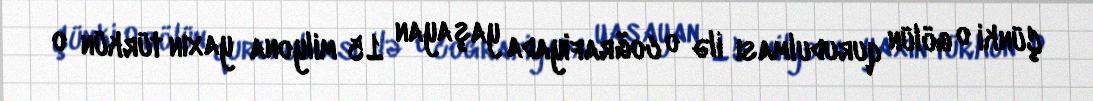
Çünki o gölün qurudulması ilə o coğrafiyada yaşayan 15 milyona yaxın türkün o